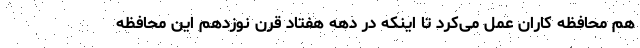
هم محافظه کاران عمل می‌کرد تا اینکه در دهه هفتاد قرن نوزدهم این محافظه